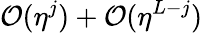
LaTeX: \mathcal{O}(\eta^{j})+\mathcal{O}(\eta^{L-j})